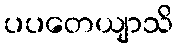
ပပတေယျာသိ